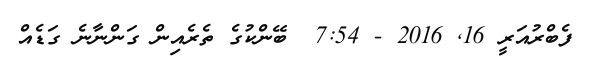
ފެބްރުއަރީ 16